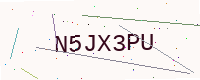
Text: N5JX3PU